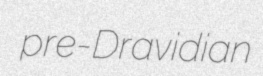
pre-Dravidian